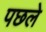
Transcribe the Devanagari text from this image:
पछले